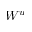
W ^ { u }